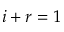
i + r = 1